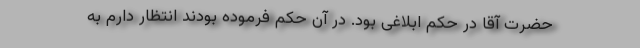
حضرت آقا در حکم ابلاغی بود. در آن حکم فرموده بودند انتظار دارم به